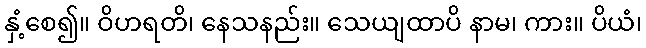
နှံ့စေ၍။ ဝိဟရတိ၊ နေသနည်း။ သေယျထာပိ နာမ၊ ကား။ ပိယံ၊